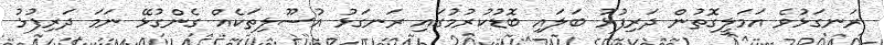
ރަނގަޅުވެ އަމަލީގޮތުން ދަރިފުޅު ބަލައި ބޮޑުކުރުމުގައި ރަނގަޅު އުސޫލިތަކެއް ގެންގުޅޭ ނަމަ ދަރިފުޅު